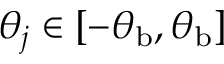
\theta _ { j } \in [ - \theta _ { \mathrm { b } } , \theta _ { \mathrm { b } } ]